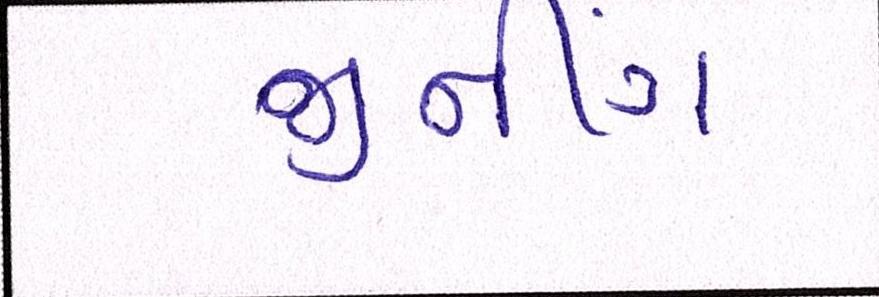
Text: જીનીંગ